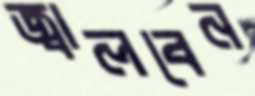
জ্বালবেন